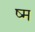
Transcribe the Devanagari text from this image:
ष्म